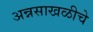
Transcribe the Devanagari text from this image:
अन्नसाखळीचे